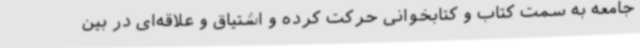
جامعه به سمت کتاب و کتابخوانی حرکت کرده و اشتیاق و علاقه‌ای در بین